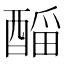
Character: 𲆴